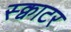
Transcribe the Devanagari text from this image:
स्क्वाटर